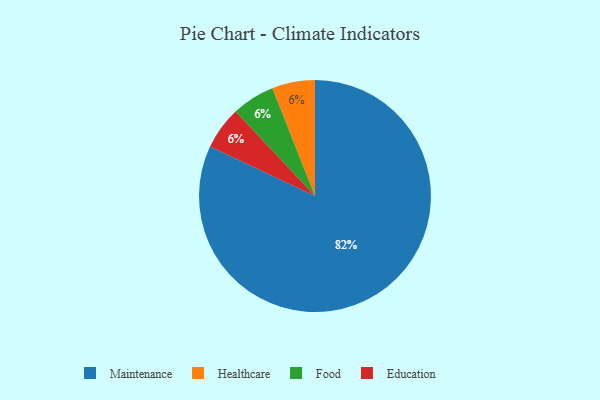
{"axis": {"x": "Category", "y": "Percentage"}, "legend": ["Education", "Food", "Healthcare", "Maintenance"], "data": [{"x": "Healthcare", "y": 6, "type": "Healthcare"}, {"x": "Maintenance", "y": 82, "type": "Maintenance"}, {"x": "Food", "y": 6, "type": "Food"}, {"x": "Education", "y": 6, "type": "Education"}]}